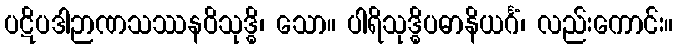
ပဋိပဒါဉာဏသဿနဝိသုဒ္ဓိ၊ သော။ ပါရိသုဒ္ဓိပဓာနိယင်္ဂံ၊ လည်းကောင်း။